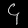
Digit: ၄